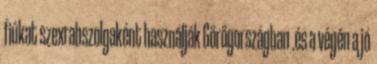
fiúkat szexrabszolgaként használják Görögországban .és a végén a jó